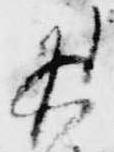
返